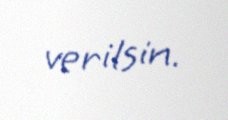
verilsin.